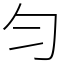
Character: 匀